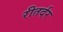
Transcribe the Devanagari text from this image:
रीतर्दर